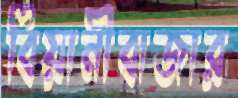
বিয়ানীবাজার